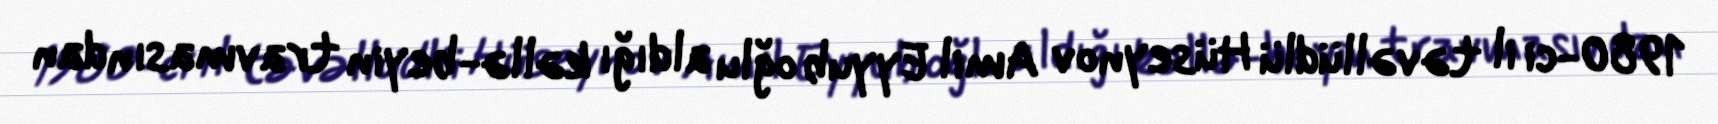
1980-ci il təvəllüdlü Hüseynov Amil Eyyub oğlu aldığı kəllə-beyin travmasından